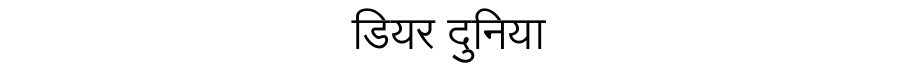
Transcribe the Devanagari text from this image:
डियर दुनिया